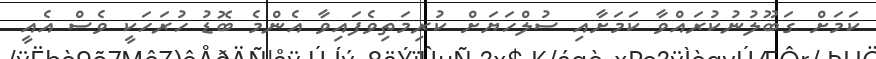
ކަމަށް ގަބޫލުނުކުރައްވާ ކަމަށާއި ސުލްހަޔަށް ކުރިމަތިވެފައިވާ އެންމެ ބޮޑު ހުރަހަކީ ވެސް އެއީ